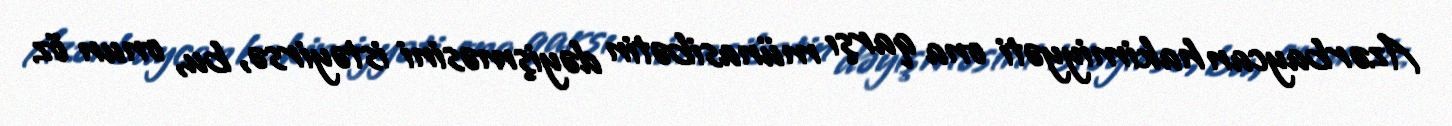
Azərbaycan hakimiyyəti ona qarşı münasibətin dəyişməsini istəyirsə, bu, onun öz